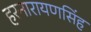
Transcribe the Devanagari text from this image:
हरनारायणसिंह